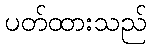
ပတ်ထားသည်